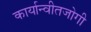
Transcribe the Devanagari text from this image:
कार्यान्वीतजोगी